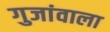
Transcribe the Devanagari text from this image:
गुजांवाला